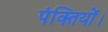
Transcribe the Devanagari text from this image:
पंक्तियों।